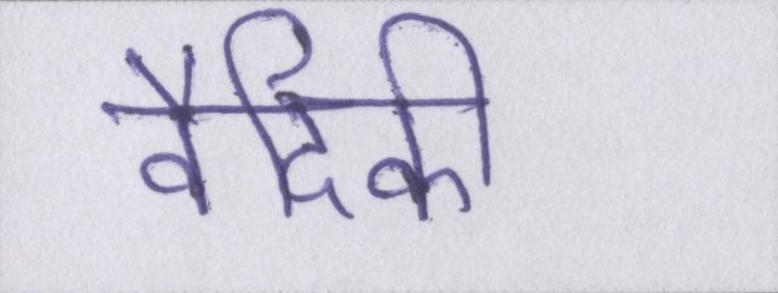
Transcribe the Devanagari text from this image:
वैदिकी